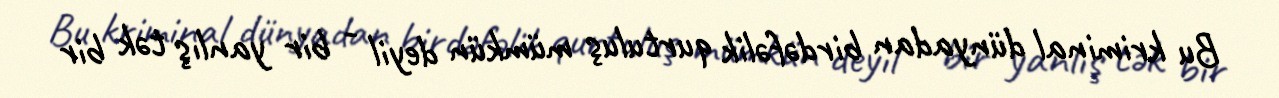
Bu kriminal dünyadan birdəfəlik qurtuluş mümkün deyil - bir yanlış tək bir